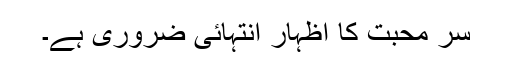
سر محبت کا اظہار انتہائی ضروری ہے۔